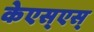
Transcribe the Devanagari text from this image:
केएस्‌एस्‌